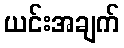
ယင်းအချက်